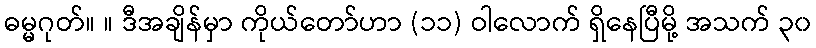
ဓမ္မဂုတ်။ ။ ဒီအချိန်မှာ ကိုယ်တော်ဟာ (၁၁) ဝါလောက် ရှိနေပြီမို့ အသက် ၃၀